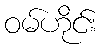
ဝမ်ဟိုင်း